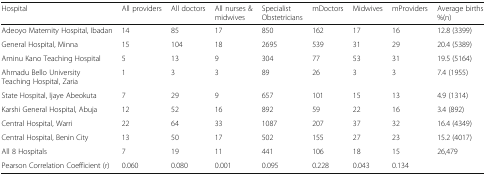
<table><thead><tr><td><b>Hospital</b></td><td><b>All providers</b></td><td><b>All doctors</b></td><td><b>All nurses &amp; midwives</b></td><td><b>Specialist Obstetricians</b></td><td><b>mDoctors</b></td><td><b>Midwives</b></td><td><b>mProviders</b></td><td><b>Average births %(n)</b></td></tr></thead><tbody><tr><td>Adeoyo Maternity Hospital, Ibadan</td><td>14</td><td>85</td><td>17</td><td>850</td><td>162</td><td>17</td><td>16</td><td>12.8 (3399)</td></tr><tr><td>General Hospital, Minna</td><td>15</td><td>104</td><td>18</td><td>2695</td><td>539</td><td>31</td><td>29</td><td>20.4 (5389)</td></tr><tr><td>Aminu Kano Teaching Hospital</td><td>5</td><td>13</td><td>9</td><td>304</td><td>77</td><td>53</td><td>31</td><td>19.5 (5164)</td></tr><tr><td>Ahmadu Bello University Teaching Hospital, Zaria</td><td>1</td><td>3</td><td>3</td><td>89</td><td>26</td><td>3</td><td>3</td><td>7.4 (1955)</td></tr><tr><td>State Hospital, Ijaye Abeokuta</td><td>7</td><td>29</td><td>9</td><td>657</td><td>101</td><td>15</td><td>13</td><td>4.9 (1314)</td></tr><tr><td>Karshi General Hospital, Abuja</td><td>12</td><td>52</td><td>16</td><td>892</td><td>59</td><td>22</td><td>16</td><td>3.4 (892)</td></tr><tr><td>Central Hospital, Warri</td><td>22</td><td>64</td><td>33</td><td>1087</td><td>207</td><td>37</td><td>32</td><td>16.4 (4349)</td></tr><tr><td>Central Hospital, Benin City</td><td>13</td><td>50</td><td>17</td><td>502</td><td>155</td><td>27</td><td>23</td><td>15.2 (4017)</td></tr><tr><td>All 8 Hospitals</td><td>7</td><td>19</td><td>11</td><td>441</td><td>106</td><td>18</td><td>15</td><td>26,479</td></tr><tr><td>Pearson Correlation Coefficient (r)</td><td>0.060</td><td>0.080</td><td>0.001</td><td>0.095</td><td>0.228</td><td>0.043</td><td>0.134</td><td></td></tr></tbody></table>